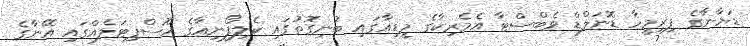
ޑަޔާނާގެ ފިރިމީހާ ޑޮނަލްޑް ވެބްސްޓާ އެމެރިކާގެ މީޑިއާގައި ބުނިގޮތުގައި ކެލިފޯނިއާގެ ހޮސްޕިޓަލެއްގައި އޭނާގެ